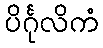
ပိင်္ဂုလိကံ